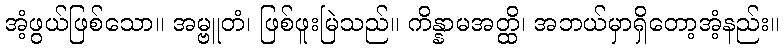
အံ့ဖွယ်ဖြစ်သော။ အမ္ဗူတံ၊ ဖြစ်ဖူးမြဲသည်။ ကိန္နာမအတ္ထိ၊ အဘယ်မှာရှိတော့အံ့နည်း။